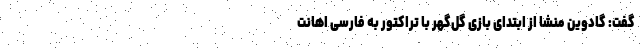
گفت: گادوین منشا از ابتدای بازی گل‌گهر با تراکتور به فارسی اهانت